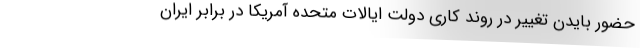
حضور بایدن تغییر در روند کاری دولت ایالات متحده آمریکا در برابر ایران